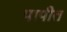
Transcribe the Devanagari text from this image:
पापीत